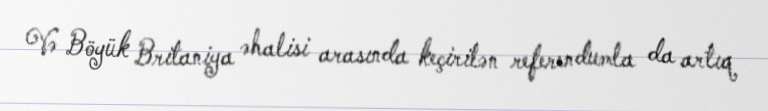
Və Böyük Britaniya əhalisi arasında keçirilən referendumla da artıq